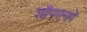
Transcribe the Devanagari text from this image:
शॉपएनपे